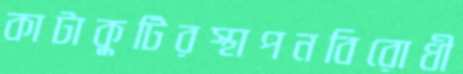
কাটাকুটিরস্থাপনবিরোধী